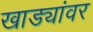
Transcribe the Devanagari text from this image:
खाड्यांवर